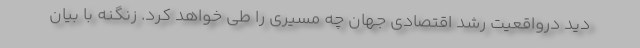
دید درواقعیت رشد اقتصادی جهان چه مسیری را طی خواهد کرد. زنگنه با بیان